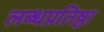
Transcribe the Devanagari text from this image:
लब्धप्रतिष्ठा